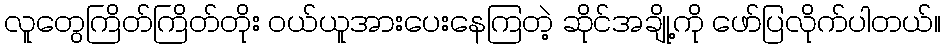
လူတွေကြိတ်ကြိတ်တိုး ဝယ်ယူအားပေးနေကြတဲ့ ဆိုင်အချို့ကို ဖော်ပြလိုက်ပါတယ်။